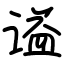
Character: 谥